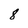
Character: 8